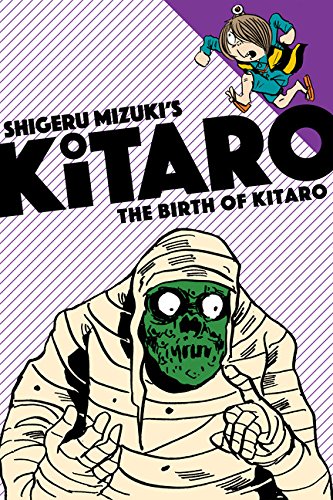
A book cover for The Birth of Kitaro; Shigeru Mizuki; Comics & Graphic Novels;